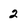
Character: 2